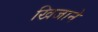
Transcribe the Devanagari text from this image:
खिजाने